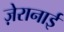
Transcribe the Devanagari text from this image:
ज़ेरानाई